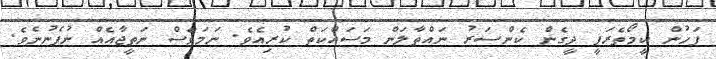
ފަހުން ކީމޯތެރަޕީ ދީގެން ކެންސަރު ނައްތާލަން މަސައްކަތް ކުރިއެވެ. ނަމަވެސް ނަތީޖާއެއް ނުފެނުނެވެ.